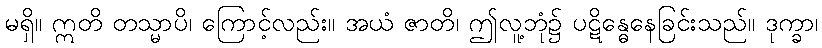
မရှိ။ ဣတိ တသ္မာပိ၊ ကြောင့်လည်း။ အယံ ဇာတိ၊ ဤလူ့ဘုံ၌ ပဋိန္ဓေနေခြင်းသည်။ ဒုက္ခာ၊